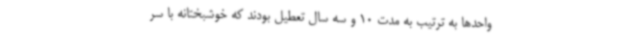
واحدها به ترتیب به مدت 10 و سه سال تعطیل بودند که خوشبختانه با سر